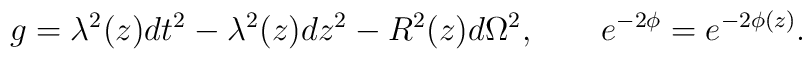
g=\lambda^2(z) dt^2-\lambda^2(z) dz^2-R^2(z) d\Omega^2,\qquad e^{-2\phi}=e^{-2\phi(z)}.